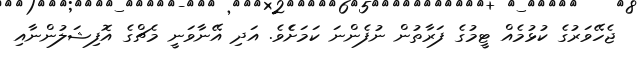
ޖެހޭވަރުގެ ކުޅުމެއް ޓީމުގެ ފަރާތުން ނުފެންނަ ކަމަށެެވެ. އަދި އޭނާވަނީ މެޗްގެ އޮފިޝަލުންނާއި